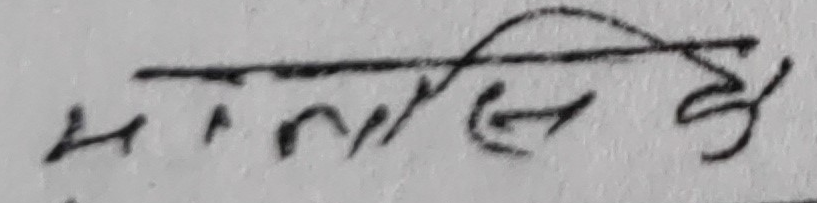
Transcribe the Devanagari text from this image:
मनसि हे